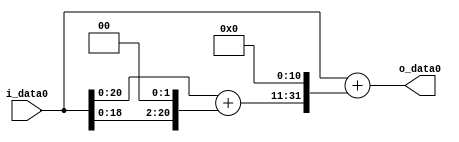
module multiplier_block_54 (
    i_data0,
    o_data0
);
  input   [31:0] i_data0;
  output  [31:0]
    o_data0;
  wire [31:0]
    w1,
    w4,
    w5,
    w10240,
    w10241;
  assign w1 = i_data0;
  assign w10240 = w5 << 11;
  assign w10241 = w1 + w10240;
  assign w4 = w1 << 2;
  assign w5 = w1 + w4;
  assign o_data0 = w10241;
endmodule